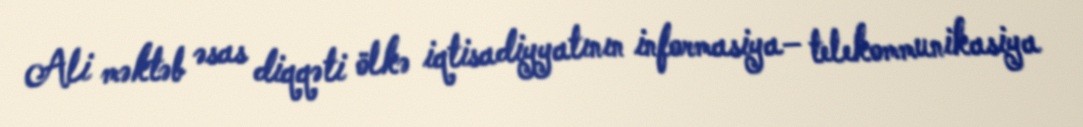
Ali məktəb əsas diqqəti ölkə iqtisadiyyatının informasiya– telekommunikasiya